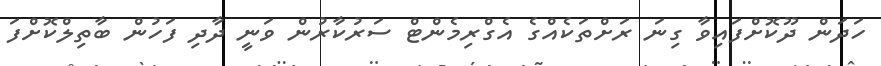
ހަދަން ދޫކޮށްފައިވާ ގިނަ ރަށްތަކެއްގެ އެގްރިމެންޓް ސަރުކާރުން ވަނީ ދާދި ފަހުން ބާތިލްކޮށްފަ